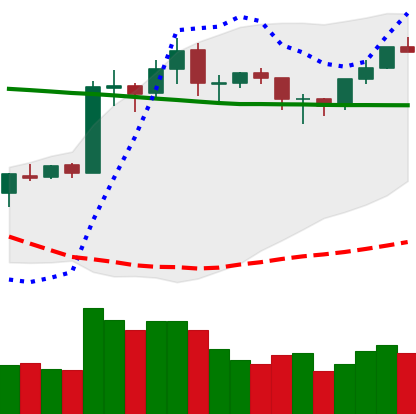
Ticker: ETH-USD
Chart end date: 2020-01-29
Forward return: 8.463%
Label: up_7plus